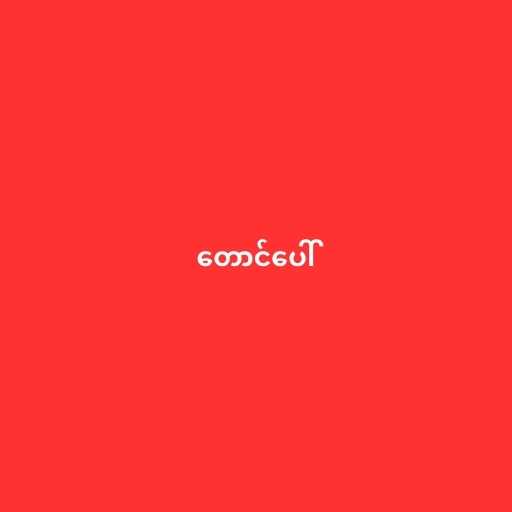
တောင်ပေါ်